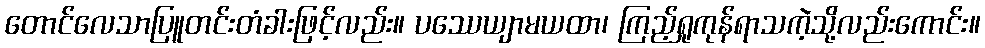
တောင်လေသာပြူတင်းတံခါးဖြင့်လည်း။ ပဿေယျာမယထာ၊ ကြည့်ရှုကုန်ရာသကဲ့သို့လည်းကောင်း။